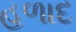
હળાદ